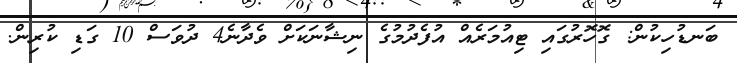
ބަނޑުހިކުން: ގޮހޮރުގައި ޓިއުމަރެއް އުފެދުމުގެ ނިޝާނަކަށް ވެދާނެ4 ދުވަސް 10 ގަޑި ކުރިން.